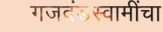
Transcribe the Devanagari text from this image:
गजदंडस्वामींचा